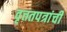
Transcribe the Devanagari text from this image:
वृत्ततपत्रांची